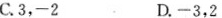
C.3，-2D.-3，2